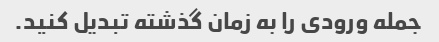
جمله ورودی را به زمان گذشته تبدیل کنید.